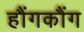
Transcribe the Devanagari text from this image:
हौंगकौंग